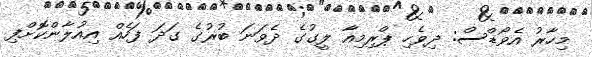
މިހާރު އެވޯޑްސް: ދިވެހި ޕްރިމިއާ ލީގުގެ ދެވަނަ ބުރުގެ ގަދަ ފަހެއް އިއުލާންކޮށްފި